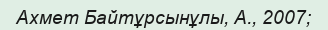
Ахмет Байтұрсынұлы, А., 2007;